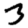
Digit: 3